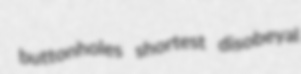
buttonholes shortest disobeyal